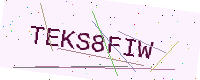
Text: TEKS8FIW